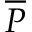
\overline { { P } }